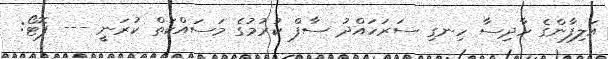
އަލިފާންގެ ހާދިސާ ހިނގި ސަރަހައްދު ސާފް ކުރުމުގެ މަސައްކަތް ކުރަނީ --- ފޮޓޯ: